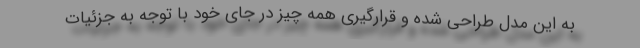
به این مدل طراحی شده و قرارگیری همه چیز در جای خود با توجه به جزئیات